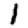
Digit: 1